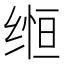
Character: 𬘵